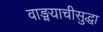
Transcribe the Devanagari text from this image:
वाङ्मयाचीसुद्धा